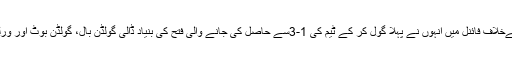
مغربی جرمنی کےخلاف فائنل میں انہوں نے پہلا گول کر کے ٹیم کی 1-3سے حاصل کی جانے والی فتح کی بنیاد ڈالی گولڈن بال، گولڈن بوٹ اور ورلڈ کپ حاصل کیا۔